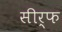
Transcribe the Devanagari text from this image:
सीर्फ